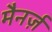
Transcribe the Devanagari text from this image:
मैनर्ज़